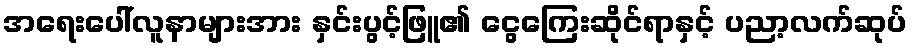
အရေးပေါ်လူနာများအား နှင်းပွင့်ဖြူ၏ ငွေကြေးဆိုင်ရာနှင့် ပညာ့လက်ဆုပ်